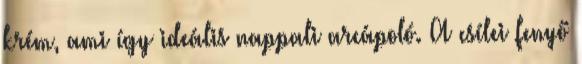
krém, ami így ideális nappali arcápoló. A csílei fenyő